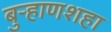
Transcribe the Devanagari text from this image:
बुर्‍हाणशहा